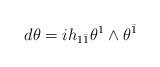
LaTeX: \begin{align*}d\theta=ih_{1\bar 1}\theta^1\wedge\theta^{\bar 1}\end{align*}